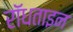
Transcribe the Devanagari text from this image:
रॉधताइन